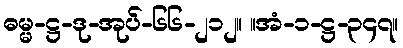
ဓမ္မ-ဋ္ဌ-ဒု-အုပ်-၆၆-၂၁၂။ ။အံ-၁-ဋ္ဌ-၃၄၇။